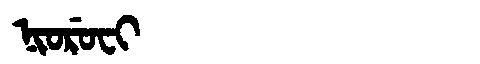
Manchu: ᠨᡳᠣᡵᡠᠸᡳ
Romanization: NIORUFI